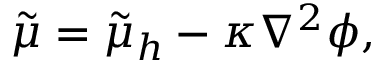
\tilde { \mu } = \tilde { \mu } _ { h } - \kappa \nabla ^ { 2 } \phi ,